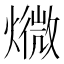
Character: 𱬙